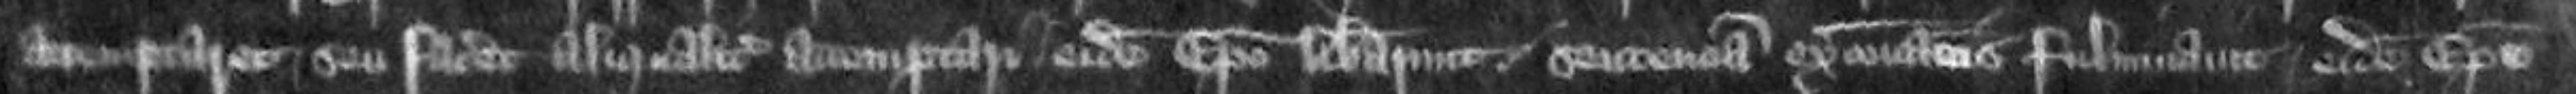
attemptaret seu faceret aliqualiter attemptari eidem Episcopo librarunt sentenciam excommunicationis fulminavit eidem Episcopo